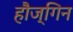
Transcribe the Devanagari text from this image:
हौज्गिन